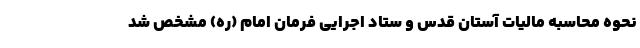
نحوه محاسبه مالیات آستان قدس و ستاد اجرایی فرمان امام (ره) مشخص شد